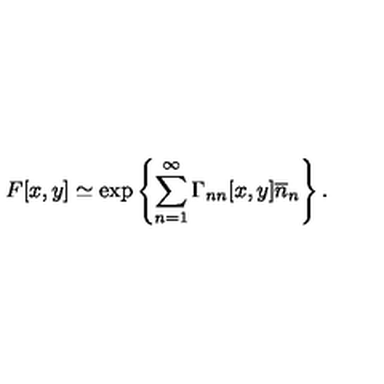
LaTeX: F [ x , y ] \simeq \exp \left\{ \sum _ { n = 1 } ^ { \infty } \Gamma _ { n n } [ x , y ] \overline { { n } } _ { n } \right\} .